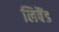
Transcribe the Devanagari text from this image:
लिबैंड